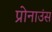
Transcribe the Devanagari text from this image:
प्रोनाउंस